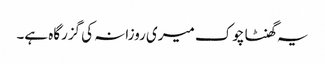
یہ گھنٹا چوک میری روزانہ کی گزرگاہ ہے۔